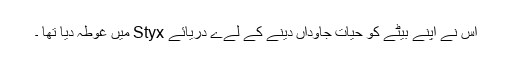
اس نے اپنے بیٹے کو حیات جاوداں دینے کے لےے دریائے Styx میں غوطہ دیا تھا ۔